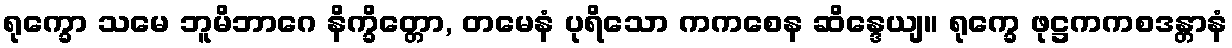
ရုက္ခော သမေ ဘူမိဘာဂေ နိက္ခိတ္တော, တမေနံ ပုရိသော ကကစေန ဆိန္ဒေယျ။ ရုက္ခေ ဖုဋ္ဌကကစဒန္တာနံ